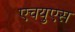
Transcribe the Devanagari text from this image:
एचयुएस